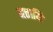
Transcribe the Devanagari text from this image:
मत्तायि